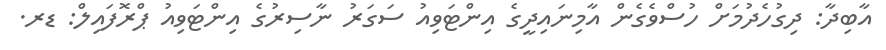
އާބިދާ: ދިގުހެދުމަށް ހުސްވެގެން އާމިނައިދީގެ އިންޓަވިއު ސަގަރު ނާސިރުގެ އިންޓަވިއު ޕްރޮފައިލް: ޑރ.